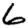
Digit: 6